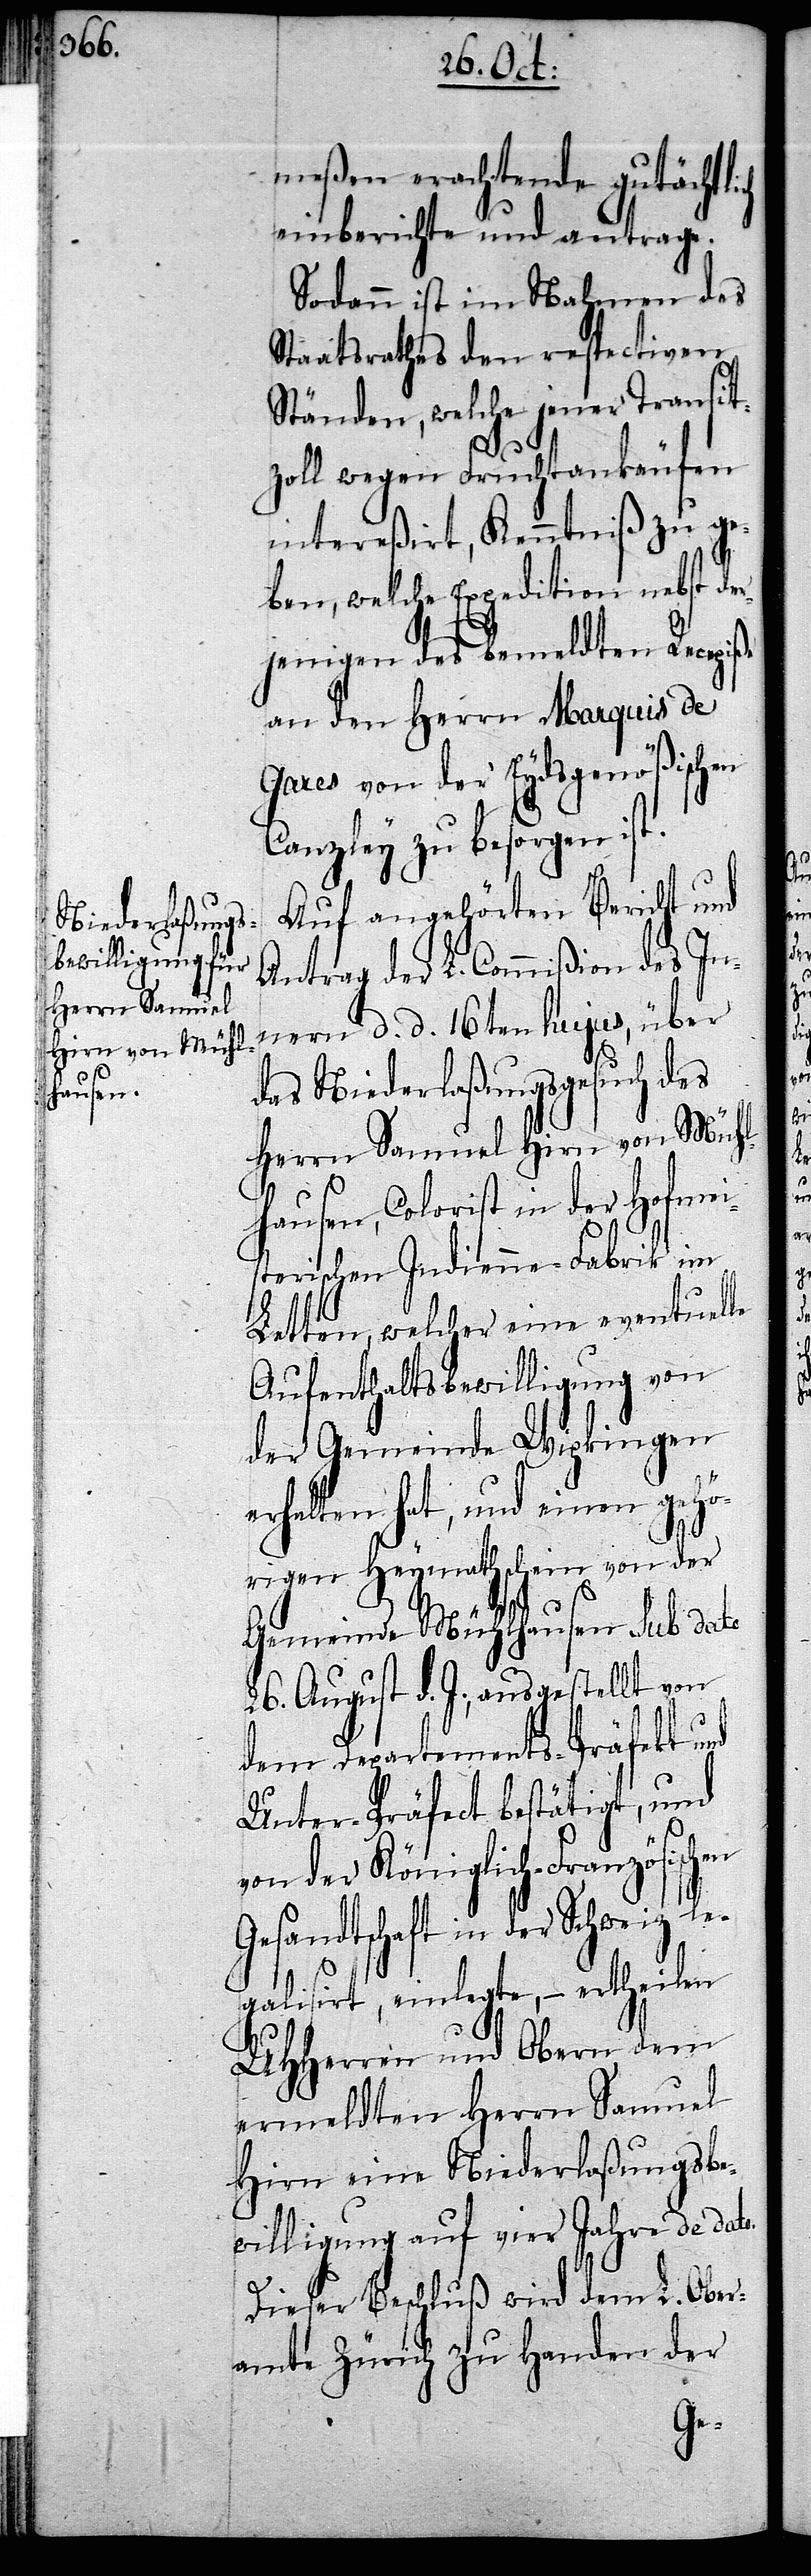
meßen erachtende gutächtli¬
einberichte und antrage.
Sodann ist im Nahmen des
Staatsrathes den respectiven
Ständen, welche jener Transit¬
zoll wegen Fruchtankäufen
intereßirt, Kenntniß zu ge¬
ben, welche Expedition nebst der¬
jenigen des bemeldten Recepiße
an den Herrn Marquis de
Gares von der Eydsgenößischen
Canzley zu besorgen ist.
Auf angehörten Bericht und
Antrag der L. Commißion des In¬
nern d. d. 16ten hujus, über
das Niederlaßungsgesuch des
Herrn Samuel Hirn von Mühl¬
hausen, Colorist in der Hofmei¬
sterischen Indienne-Fabrik im
Letten, welcher eine eventuelle
Aufenthaltsbewilligung von
der Gemeinde Wipkingen
erhalten hat, und einen gehö¬
rigen Heymathschein von der
Gemeinde Mühlhausen sub dato
26. August d. J., ausgestellt von
dem Departements-Präfekt und
Unter-Präfect bestätigt, und
von der Königlich-Französischen
Gesandtschaft in der Schweiz le¬
galisirt, einlegte, – ertheilen
UHHerren und Obern dem
ermeldten Herrn Samuel
Hirn eine Niederlaßungsbe¬
willigung auf vier Jahre de dato.
Dieser Beschluß wird dem L. Ober¬
amte Zürich zu Handen der
ch